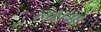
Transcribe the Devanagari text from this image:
लक्षमा